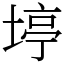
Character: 𪣹